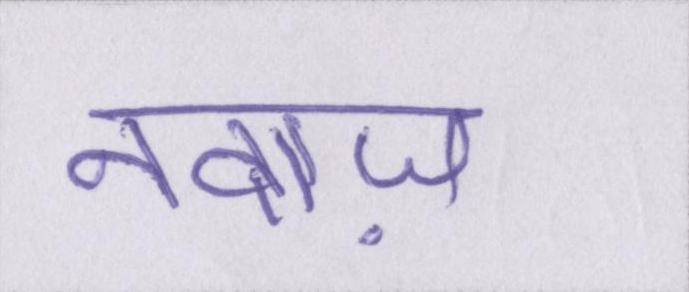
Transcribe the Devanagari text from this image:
नवाज़